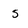
Character: s